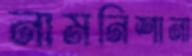
নামনিশানা